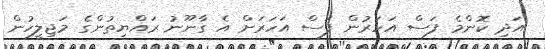
އަދި ކޮންމެ ފަސް އަހަރުން ފަސް އަހަރަށް އެ ގާނޫނު ރައްޔިތުންގެ މަޖިލީހުން